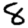
Digit: 8